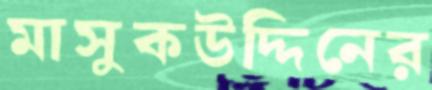
মাসুকউদ্দিনের